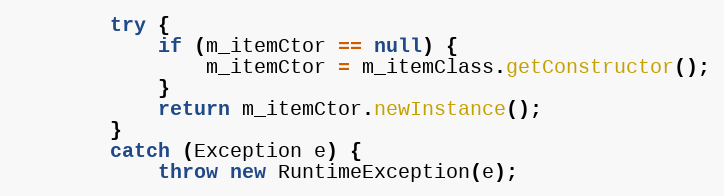
Language: Java
        try {
            if (m_itemCtor == null) {
                m_itemCtor = m_itemClass.getConstructor();
            }
            return m_itemCtor.newInstance();
        }
        catch (Exception e) {
            throw new RuntimeException(e);